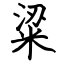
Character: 粱